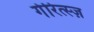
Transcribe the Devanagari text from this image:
गेरित्स्ज़